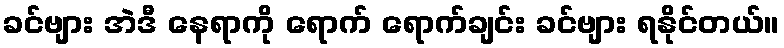
ခင်ဗျား အဲဒီ နေရာကို ရောက် ရောက်ချင်း ခင်ဗျား ရနိုင်တယ်။